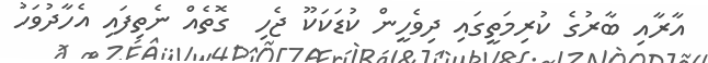
އާރާއި ބާރުގެ ކުރިމަތީގައި ދިވެހީން ކުޑަކަކޫ ޖެހި  ގޮތެއް ނެތިފައި އެހާދުވަހު